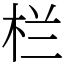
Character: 栏